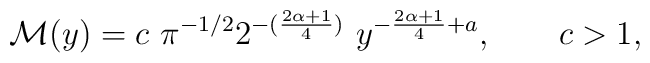
\mathcal{M}(y)=c\  \pi^{-1/2}2^{-(\frac{2\alpha+1}{4})} \ y^{-\frac{2\alpha+1}{4}+a}, \qquad c>1,